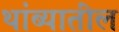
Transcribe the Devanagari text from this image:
थांब्यातील